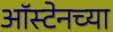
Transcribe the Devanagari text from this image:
ऑस्टेनच्या